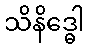
သိနိဒ္ဓေါ